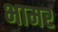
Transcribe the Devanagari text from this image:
भामर